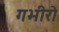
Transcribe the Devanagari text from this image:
गभीरो